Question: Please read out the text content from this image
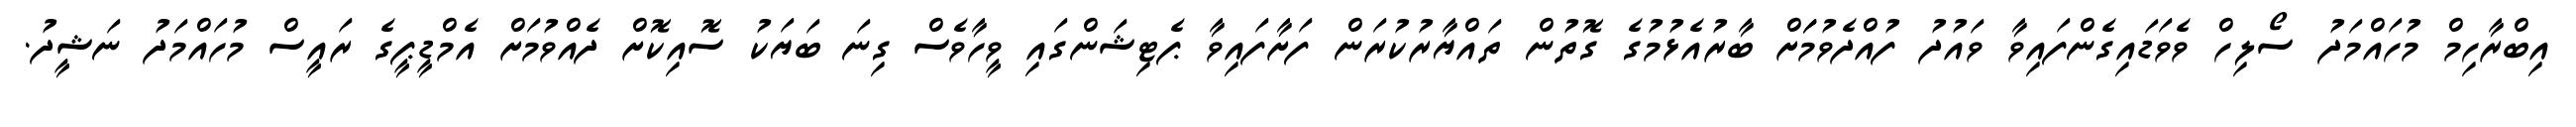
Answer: އިބްރާހިމް މުހައްމަދު ސޯލިހް ވެވަޑައިގެންފައިވާ ވައުދު ފުއްދެވުމަަށް ބާރުއެޅުމުގެ ގޮތުން ތައްޔާރުކުރަން ފަށާފައިވާ ޕެޓިޝަންގައި ވީހާވެސް ގިނަ ބަޔަކު ސޮއިކޮށް ދެއްވުމަށް އެމްޑީޕީގެ ރައީސް މުހައްމަދު ނަޝީދު.